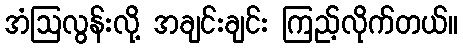
အံဩလွန်းလို့ အချင်းချင်း ကြည့်လိုက်တယ်။